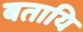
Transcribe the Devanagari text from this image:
बतायि